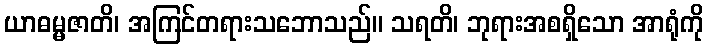
ယာဓမ္မဇာတိ၊ အကြင်တရားသဘောသည်။ သရတိ၊ ဘုရားအစရှိသော အာရုံကို